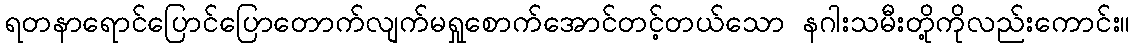
ရတနာရောင်ပြောင်ပြောတောက်လျက်မရှုစောက်အောင်တင့်တယ်သော နဂါးသမီးတို့ကိုလည်းကောင်း။